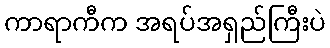
ကာရာကီက အရပ်အရှည်ကြီးပဲ